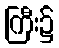
ကြီး၌